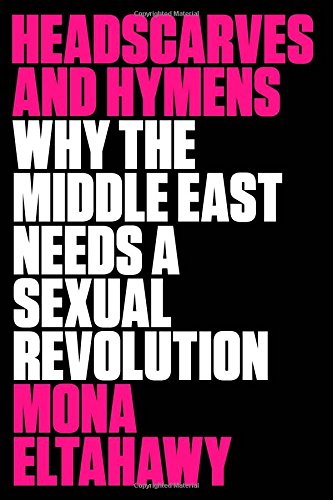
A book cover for Headscarves and Hymens: Why the Middle East Needs a Sexual Revolution; Mona Eltahawy; Religion & Spirituality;